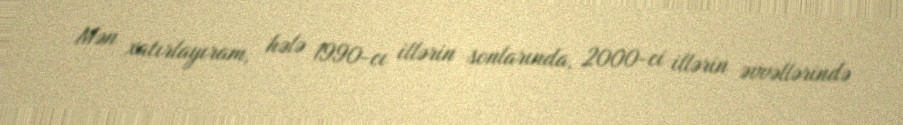
Mən xatırlayıram, hələ 1990-cı illərin sonlarında, 2000-ci illərin əvvəllərində